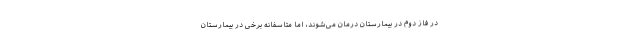
در فاز دوم در بیمارستان درمان می‌شوند، اما متاسفانه برخی در بیمارستان